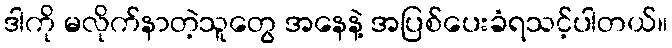
ဒါကို မလိုက်နာတဲ့သူတွေ အနေနဲ့ အပြစ်ပေးခံရသင့်ပါတယ်။